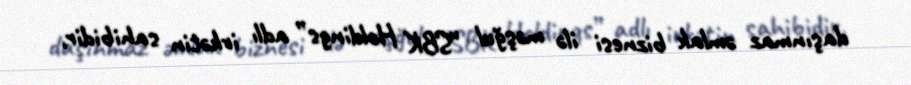
daşınmaz əmlak biznesi ilə məşğul “SBK Holdings” adlı irkətin sahibidir,